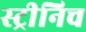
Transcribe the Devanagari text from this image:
स्ट्रीनिच